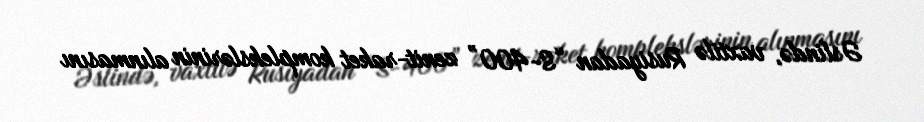
Əslində, vaxtilə Rusiyadan “S-400” zenit-raket komplekslərinin alınmasını